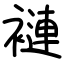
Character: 褳